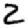
Digit: 2